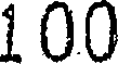
100